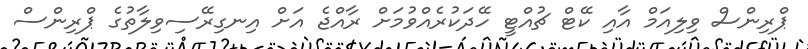
ޕްރިންސް ވިލިއަމް އާއި ކޭޓް ޗުއްޓީ ހޭދަކުރެއްވުމަށް ރާއްޖެ އަށް އިނގިރޭސިވިލާތުގެ ޕްރިންސް